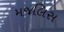
મજલિસ